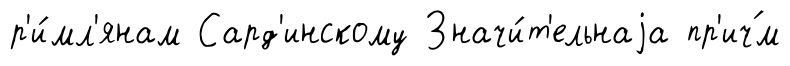
р'и́мл'янам Сард'инскому Значи́т'ельнаjа пр'ич́м